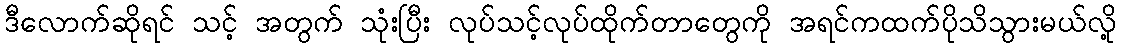
ဒီလောက်ဆိုရင် သင့် အတွက် သုံးပြီး လုပ်သင့်လုပ်ထိုက်တာတွေကို အရင်ကထက်ပိုသိသွားမယ်လို့